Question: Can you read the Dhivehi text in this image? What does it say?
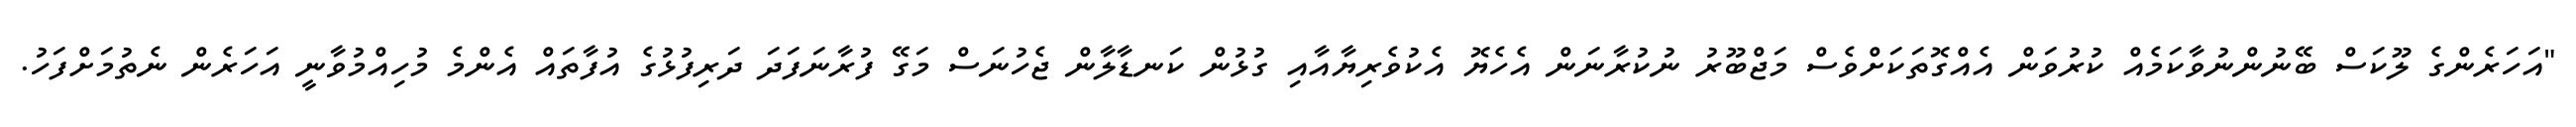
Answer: "އަހަރެންގެ ލޫކަސް ބޭނުންނުވާކަމެއް ކުރުވަން އެއްގޮތަކަށްވެސް މަޖްބޫރު ނުކުރާނަން އެހެޔޮ އެކުވެރިޔާއާއި ގުޅުން ކަނޑާލާން ޖެހުނަސް މަގޭ ފުރާނަފަދަ ދަރިފުޅުގެ އުފާތައް އެންމެ މުހިއްމުވާނީ އަހަރެން ނެތުމަށްފަހު.